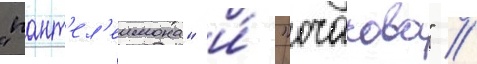
"пант'ел'еимона" и́ "очакова" //